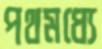
পথমধ্যে